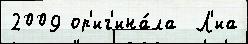
2009 ор'иг'ина́ла  Л'иа